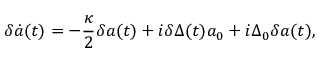
{ \delta \dot { a } ( t ) } = - \frac { \kappa } { 2 } \delta a ( t ) + i \delta \Delta ( t ) a _ { 0 } + i \Delta _ { 0 } \delta a ( t ) ,